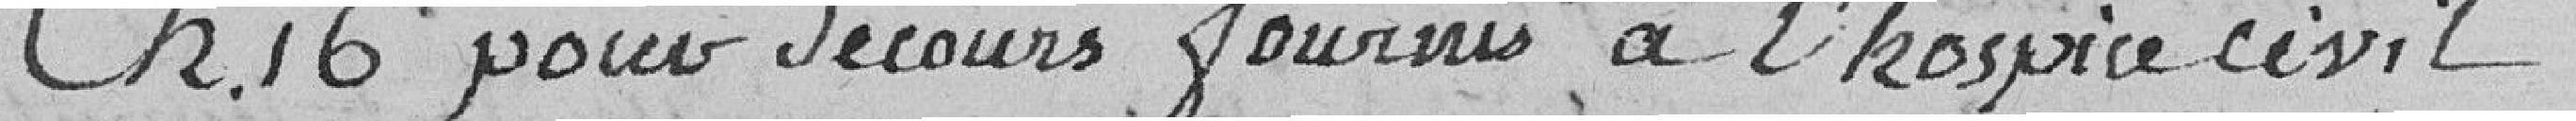
Ch. 16. : pour secours fournis à l'hospice civil